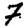
Digit: 7